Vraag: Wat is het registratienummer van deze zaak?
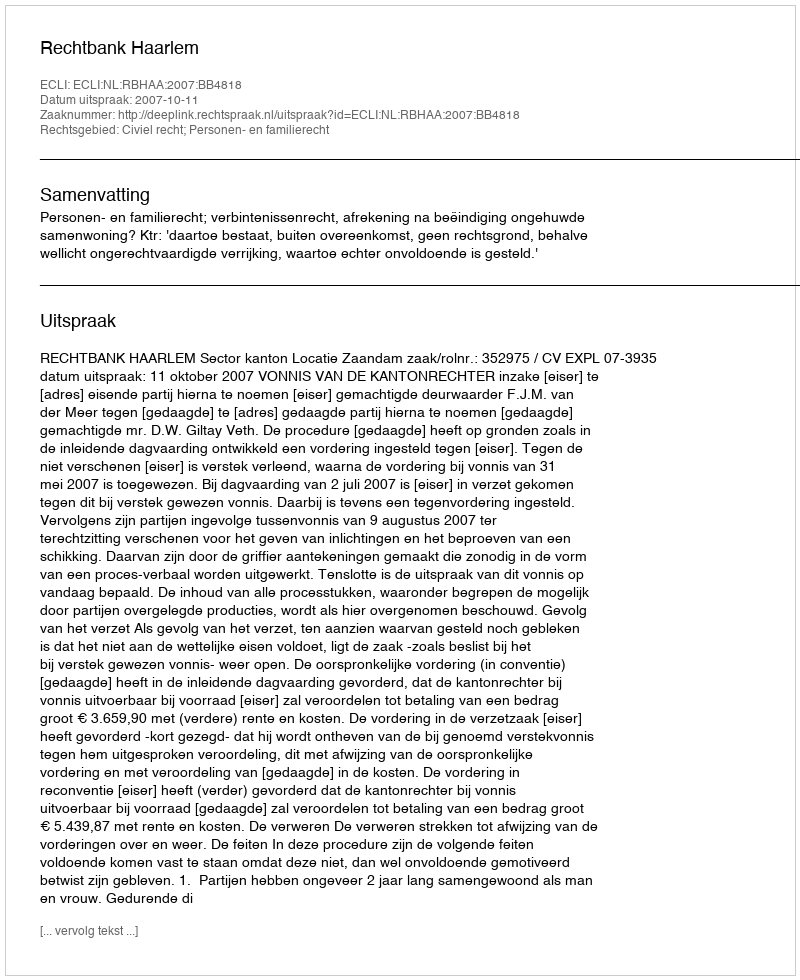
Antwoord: http://deeplink.rechtspraak.nl/uitspraak?id=ECLI:NL:RBHAA:2007:BB4818